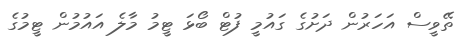
ތޭވީސް އަހަރުން ދަށުގެ ގައުމީ ފުޓް ބޯޅަ ޓީމު މާލެ އައުމުން ޓީމުގެ